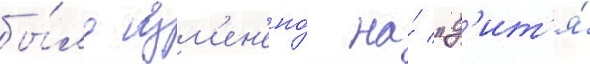
бы́ло изм'ен'ено́ на́ "д'ит'я́